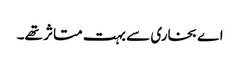
اے بخاری سے بہت متاثر تھے۔